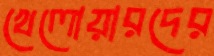
খেলোয়ারদের